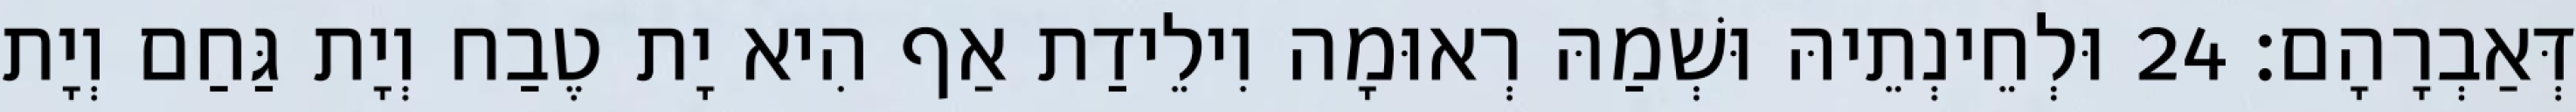
דְּאַבְרָהָם׃ 24 וּלְחֵינְתֵיהּ וּשְׁמַהּ רְאוּמָה וִילֵידַת אַף הִיא יָת טֶבַח וְיָת גַּחַם וְיָת